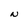
Character: N